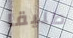
طليقا